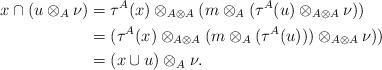
LaTeX: \begin{align*}x \cap (u \otimes_A \nu) &= \tau^A(x) \otimes_{A \otimes A} (m \otimes_{A} (\tau^A(u) \otimes_{A \otimes A} \nu))\\&= (\tau^A(x) \otimes_{A \otimes A} (m \otimes_{A} (\tau^A(u))) \otimes_{A \otimes A} \nu))\\&= (x \cup u) \otimes_A \nu. \end{align*}